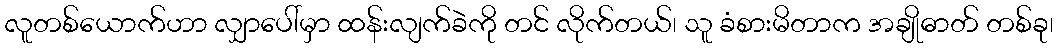
လူတစ်ယောက်ဟာ လျှာပေါ်မှာ ထန်းလျက်ခဲကို တင် လိုက်တယ်၊ သူ ခံစားမိတာက အချိုဓာတ် တစ်ခု၊